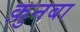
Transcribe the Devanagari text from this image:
क़ुनबा